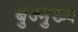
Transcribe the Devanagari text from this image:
बुज्मुख्य